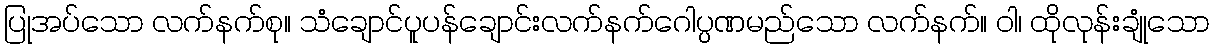
ပြုအပ်သော လက်နက်စု။ သံချောင်ပူပန်ချောင်းလက်နက်ဂေါပ္ပဏမည်သော လက်နက်။ ဝါ၊ ထိုလုန်းချုံသော